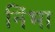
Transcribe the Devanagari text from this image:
निंभा